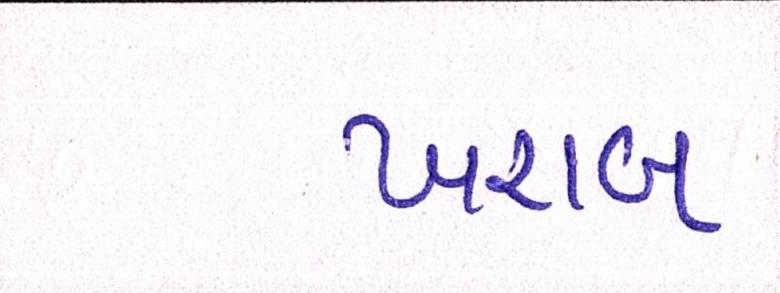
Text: ખરાબ